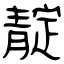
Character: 靛